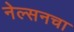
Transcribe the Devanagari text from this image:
नेल्सनचा